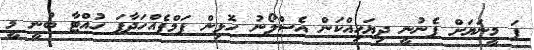
ފަ މީނަޔަށް ފެނުނީ ދިޔަހިއްކަން އެސްލޯނު ހޮޅިން ޕަމްޕެއްހަދާފަ ހުއްޓާ ބުނީ މީ